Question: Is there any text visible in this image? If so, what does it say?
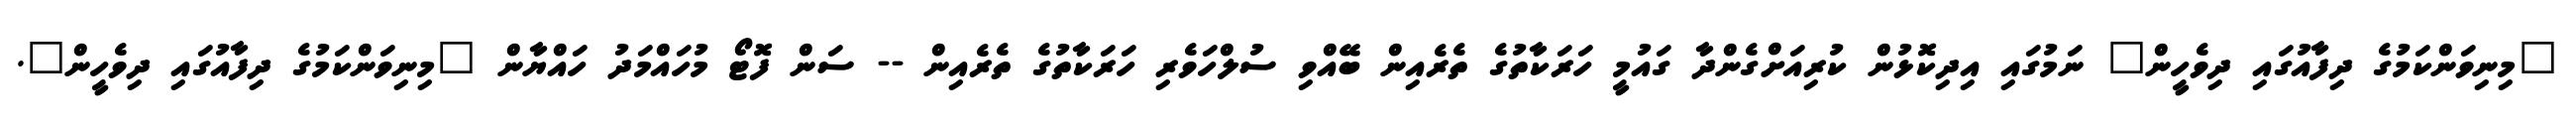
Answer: "މިނިވަންކަމުގެ ދިފާއުގައި ދިވެހީން" ނަމުގައި އިދިކޮޅުން ކުރިއަށްގެންދާ ގައުމީ ހަރަކާތުގެ ތެރެއިން ބޭއްވި ސުލްހަވެރި ހަރަކާތުގެ ތެރެއިން -- ސަން ފޮޓޯ މުހައްމަދު ހައްޔާން "މިނިވަންކަމުގެ ދިފާއުގައި ދިވެހީން".